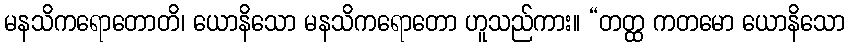
မနသိကရောတောတိ၊ ယောနိသော မနသိကရောတော ဟူသည်ကား။ “တတ္ထ ကတမော ယောနိသော